Problem: 29 + 44 = ?
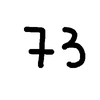
Handwritten answer: 73